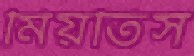
মিয়তিস